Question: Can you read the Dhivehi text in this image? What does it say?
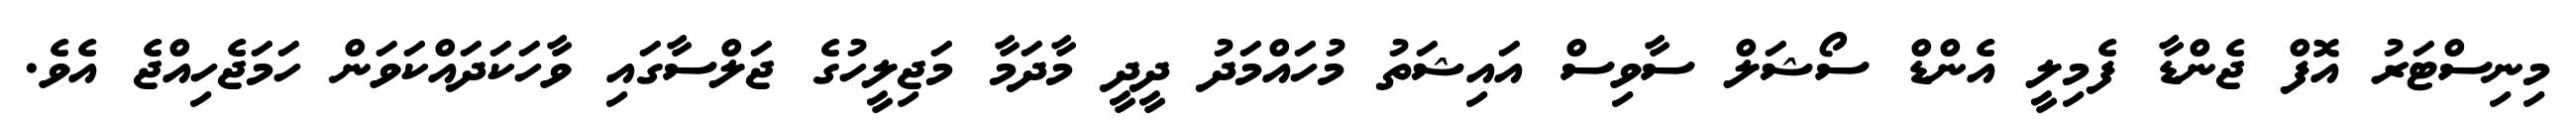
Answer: މިނިސްޓަރު އޮފް ޖެންޑާ ފެމިލީ އެންޑް ސޯޝަލް ސާވިސް އައިޝަތު މުހައްމަދު ދީދީ މާދަމާ މަޖިލީހުގެ ޖަލްސާގައި ވާހަކަދައްކަވަން ހަމަޖެހިއްޖެ އެވެ.